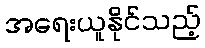
အရေးယူနိုင်သည့်